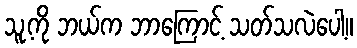
သူ့ကို ဘယ်က ဘာကြောင့် သတ်သလဲပေါ့။